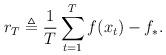
LaTeX: \begin{align*}r_T\triangleq\frac{1}{T}\sum_{t=1}^{T}f(x_t)-f_*.\end{align*}